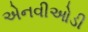
એનવીઓડી